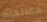
معالجتك